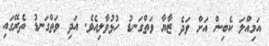
އަމިއްލަ ކެބިން އަށް ވަދެ ޒާޔާ ވަތްގަނޑު ހުޅުވާލިއެވެ. އަދި ވަތްގަނޑު ތެރޭގައި